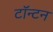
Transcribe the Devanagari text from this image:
टॉन्टन